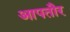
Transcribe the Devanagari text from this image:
आपतौर